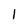
Character: 1